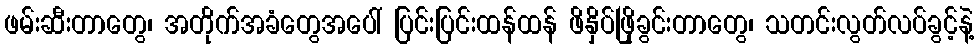
ဖမ်းဆီးတာတွေ၊ အတိုက်အခံတွေအပေါ် ပြင်းပြင်းထန်ထန် ဖိနှိပ်ဖြိုခွင်းတာတွေ၊ သတင်းလွတ်လပ်ခွင့်နဲ့